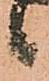
候